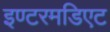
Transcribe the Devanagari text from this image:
इण्टरमडिएट